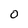
Character: 0